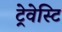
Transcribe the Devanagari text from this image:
ट्रेवेस्टि